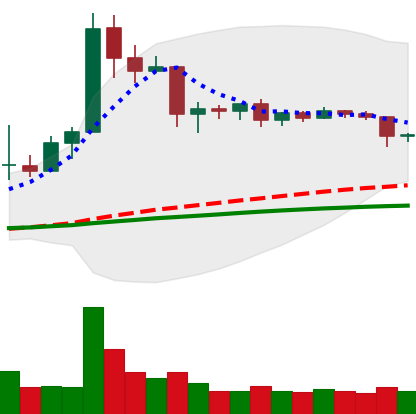
Ticker: ETC-USD
Chart end date: 2019-04-22
Forward return: -7.389%
Label: down_7plus